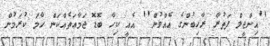
''އިންޖީލް ފަތުރާ ރާހިބުންގެ އެއްވުން'' އެއީ ކިހާ ބޮޑޮ ޖަމާޢަތެއްކަން ހާމަ ކުރަމުން